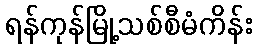
ရန်ကုန်မြို့သစ်စီမံကိန်း